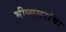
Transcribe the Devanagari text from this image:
भीष्मसरांचा